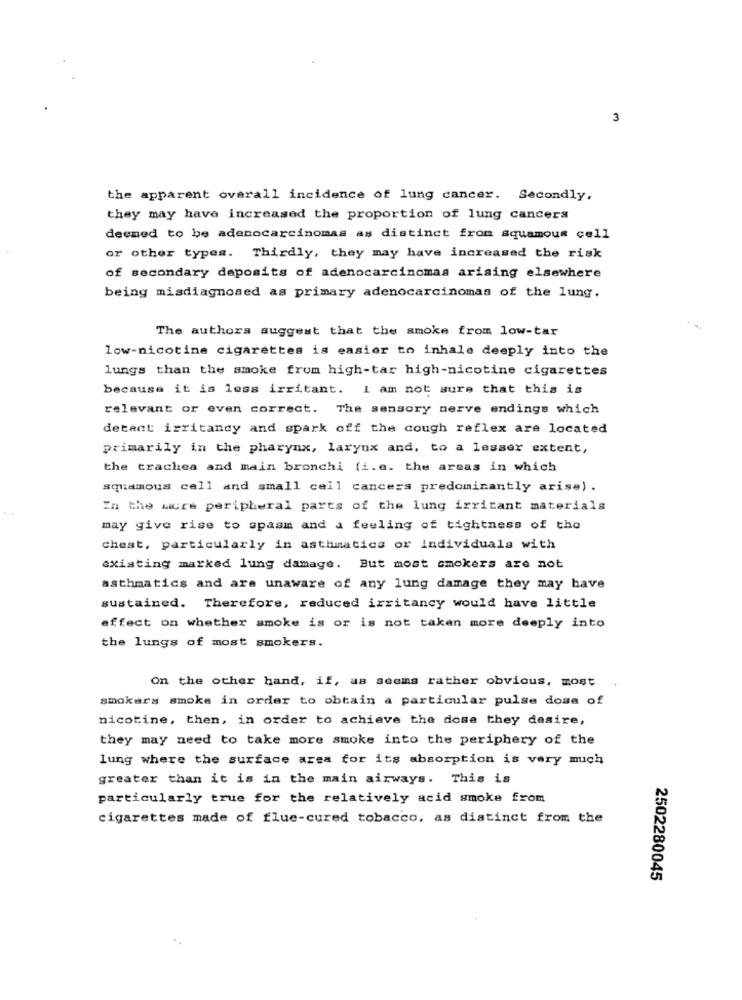
3
the apparent overall incidence of lung cancer. Secondly,
they may have increased the proportion of lung cancers
deemed to be adenocarcinomas as distinct from squamous cell
or other types. Thirdly, they may have increased the risk
of secondary deposits of adenocarcinomas arising elsewhere
being misdiagnosed as primary adenocarcinomas of the lung.
The authors suggest that the smoke from low-tar
low-nicotine cigarettes is easier to inhale deeply into the
lungs than the smoke from high-tar high-nicotine cigarettes
because it is loss irritant. I am not sure that this is
relevant or even correct. The sensory nerve endings which
detect irritandy and spark off the cough reflex are located
primarily in the pharynx, larynx and, to a lesser extent,
the trachea and main bronchi (i.e. the areas in which
squamous cell and small cell cancers predominantly arise) .
In the were peripheral parts of the lung irritant materials
may give rise to spasm and a feeling of tightness of the
Chest, particularly in asthmatics or individuals with
existing marked lung damage. But most smokers are not
asthmatics and are unaware of any lung damage they may have
sustained. Therefore, reduced irritancy would have little
effect on whether smoke is or is not taken more deeply into
the lungs of most smokers.
On the other hand, if, as seems rather obvious, most
smokers smoke in order to obtain a particular pulse dose of
nicotine, then, in order to achieve the dose they desire,
they may need to take more smoke into the periphery of the
lung where the surface area for its absorption is very much
greater than it is in the main airways. This is
particularly true for the relatively acid smoke from
cigarettes made of flue-cured tobacco, as distinct from the
2502280045